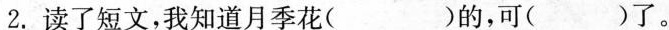
2. 读了短文，我知道月季花( )的，可( )了。